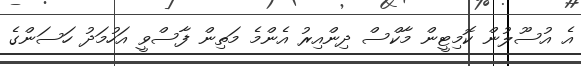
އެ އުސޫލުން ކޮމިޓީން މާކްސް ދިންއިރު އެންމެ މަތިން ފާސްވީ އަހުމަދު ހަސަންގެ